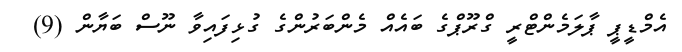
އެމްޑީޕީ ޕާލަމެންޓްރީ ގްރޫޕްގެ ބައެއް މެންބަރުންގެ ގުޅިފައިވާ ނޫސް ބަޔާން (9)